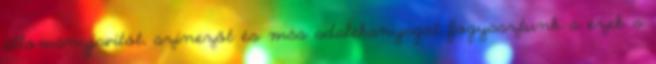
állományjavítót, színezőt és más adalékanyagot fogyasztunk s ezek a